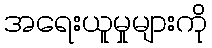
အရေးယူမှုများကို